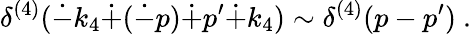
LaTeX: \delta^{(4)}(\dot{-}k_{4}\dot{+}(\dot{-}p)\dot{+}p^{\prime}\dot{+}k_{4})\sim\delta^{(4)}(p-p^{\prime})~.